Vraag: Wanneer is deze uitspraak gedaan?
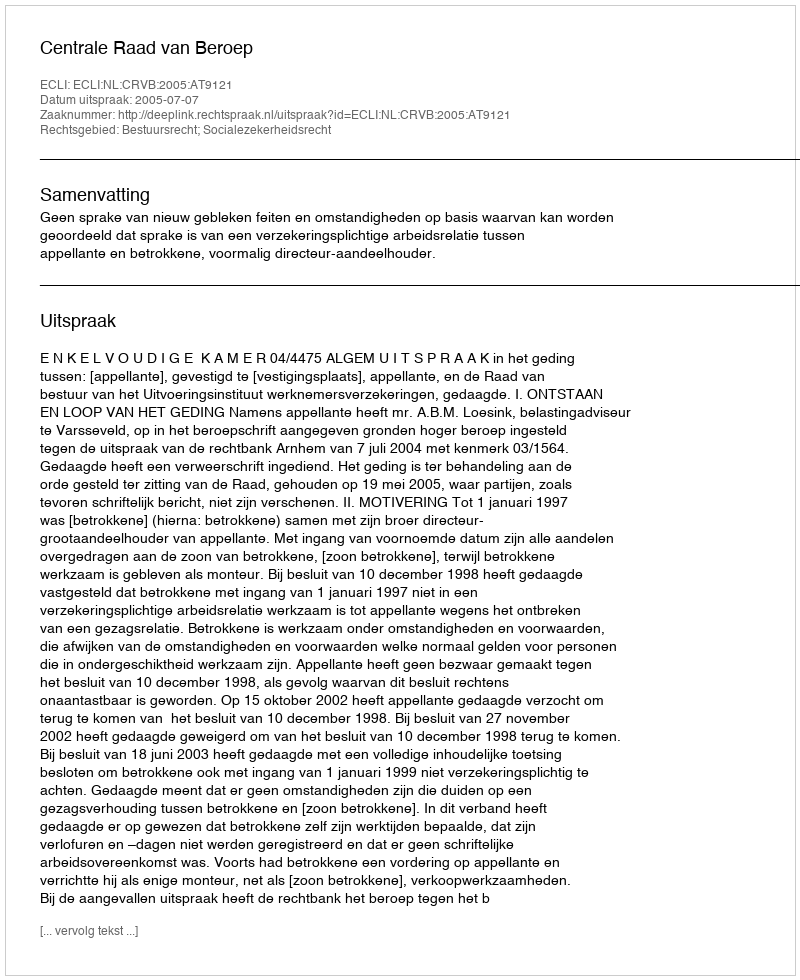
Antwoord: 2005-07-07